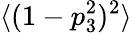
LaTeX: \langle(1-p_{3}^{2})^{2}\rangle